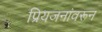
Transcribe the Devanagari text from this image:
प्रियजनांवरून